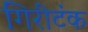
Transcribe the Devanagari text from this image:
गिरीटंक